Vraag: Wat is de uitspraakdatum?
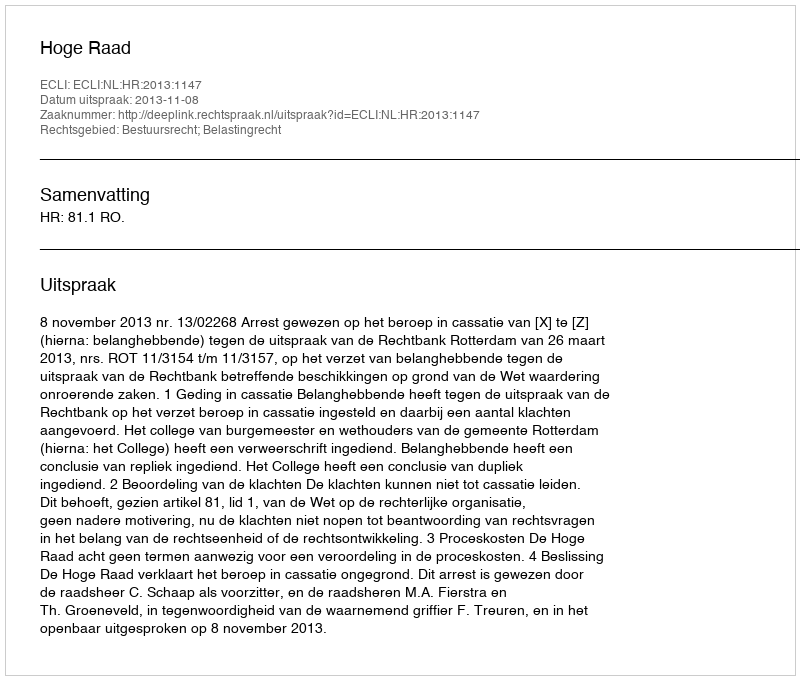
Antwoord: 2013-11-08